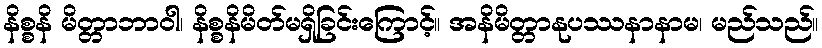
နိစ္စနိ မိတ္တာဘာဝါ၊ နိစ္စနိမိတ်မရှိခြင်းကြောင့်။ အနိမိတ္တာနုပဿနာနာမ၊ မည်သည်။